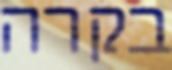
בקרה